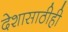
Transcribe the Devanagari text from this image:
देशासाठीही